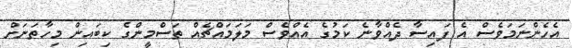
އެހެންނަމަވެސް އެ ފައިސާ ދެއްވާނެ ކަމުގެ އެއްވެސް މަލަމައްޗެއް ތަސްމީންގެ ކިބައިން މިހާތަނަށް